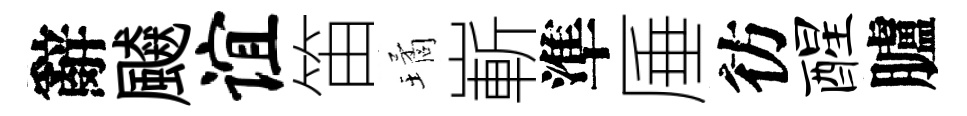
辭飇谊笛璚嶄準厜彷醒臚